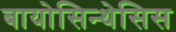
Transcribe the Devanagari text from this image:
बायोसिन्थेसिस